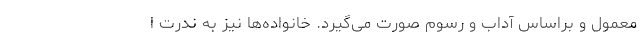
معمول و براساس آداب و رسوم صورت می‌گیرد. خانواده‌ها نیز به ندرت ا